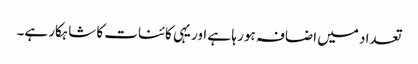
تعداد میں اضافہ ہور ہا ہے اور یہی کائنات کا شاہکار ہے۔